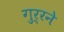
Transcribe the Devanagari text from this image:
गुर्रने